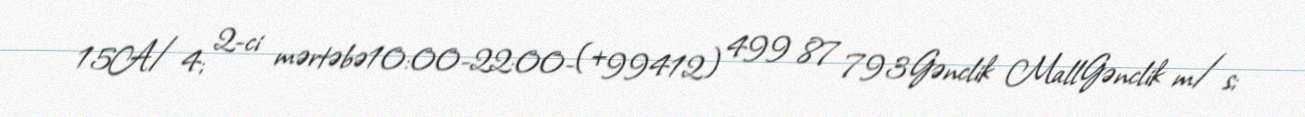
15A/4; 2-ci mərtəbə10:00-22:00-(+99412) 499 87 793Gənclik MallGənclik m/s;